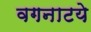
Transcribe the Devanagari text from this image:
वगनाटये